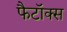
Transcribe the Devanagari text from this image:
फैटॉक्स